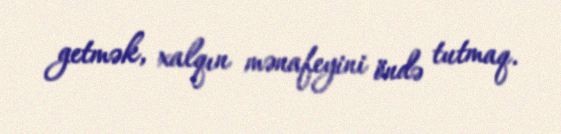
getmək, xalqın mənafeyini öndə tutmaq.